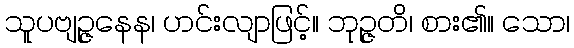
သူပဗျဉ္ဇနေန၊ ဟင်းလျာဖြင့်။ ဘုဉ္ဇတိ၊ စား၏။ သော၊